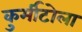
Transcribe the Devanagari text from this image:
कुर्मीटोला